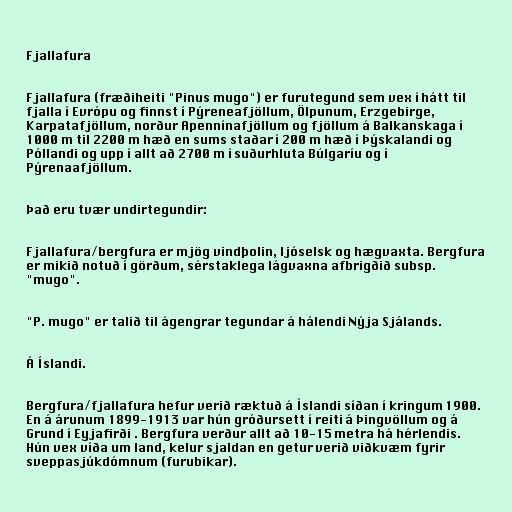
Fjallafura

Fjallafura (fræðiheiti "Pinus mugo") er furutegund sem vex í hátt til
fjalla í Evrópu og finnst í Pýreneafjöllum, Ölpunum, Erzgebirge,
Karpatafjöllum, norður Apennínafjöllum og fjöllum á Balkanskaga í
1000 m til 2200 m hæð en sums staðar í 200 m hæð í Þýskalandi og
Póllandi og upp í allt að 2700 m í suðurhluta Búlgaríu og í
Pýrenaafjöllum.

Það eru tvær undirtegundir:

Fjallafura/bergfura er mjög vindþolin, ljóselsk og hægvaxta. Bergfura
er mikið notuð í görðum, sérstaklega lágvaxna afbrigðið subsp.
"mugo".

"P. mugo" er talið til ágengrar tegundar á hálendi Nýja Sjálands.

Á Íslandi.

Bergfura/fjallafura hefur verið ræktuð á Íslandi síðan í kringum 1900.
En á árunum 1899-1913 var hún gróðursett í reiti á Þingvöllum og á
Grund í Eyjafirði . Bergfura verður allt að 10-15 metra há hérlendis.
Hún vex víða um land, kelur sjaldan en getur verið viðkvæm fyrir
sveppasjúkdómnum (furubikar).